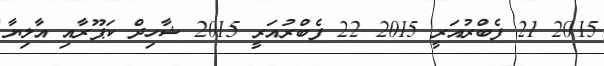
2015 21 ފެބްރުއަރީ 2015 22 ފެބްރުއަރީ 2015 ޝާހިދް ކަޕޫރާއި އާލިޔާ